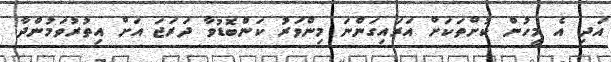
އަދި އެ މީހުން ކުށްތަކަށް އަރައިގަންނަ މިންވަރު ކަންބޮޑުވާ ދަރަޖަ އަށް އިތުރުވަމުންދާ